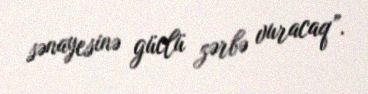
sənayesinə güclü zərbə vuracaq”.